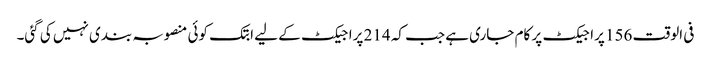
فی الوقت 156 پراجیکٹ پر کام جاری ہے جب کہ 214 پراجیکٹ کے لیے ابتک کوئی منصوبہ بندی نہیں کی گئی۔